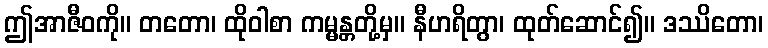
ဤအာဇီဝကို။ တတော၊ ထိုဝါစာ ကမ္မန္တတို့မှ။ နီဟရိတွာ၊ ထုတ်ဆောင်၍။ ဒဿိတော၊